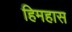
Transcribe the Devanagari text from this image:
हिमहास